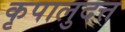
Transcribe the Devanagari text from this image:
कृपालुदत्त